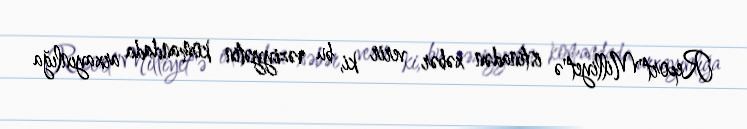
Report"Milliyet"ə istinadən xəbər verir ki, bu vəziyyətin komandada arxayınlığa